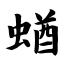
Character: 蝤